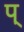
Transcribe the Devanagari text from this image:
प्‌